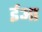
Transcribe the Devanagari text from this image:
ईआ